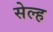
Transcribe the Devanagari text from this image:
सेल्‍ह